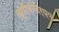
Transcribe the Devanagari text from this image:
क्षीणनदैर्ध्य